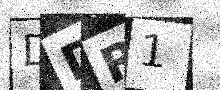
Text: DDR1